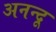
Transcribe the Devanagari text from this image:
अनन्‍दू